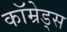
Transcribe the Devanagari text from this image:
कॉम्रेड्स